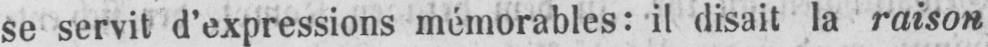
se servit d’expressions mémorables: il disait la raison